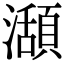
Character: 𤁪